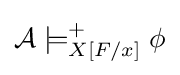
{\mathcal {A}}\models _{X[F/x]}^{+}\phi